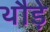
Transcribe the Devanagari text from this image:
थौड़े